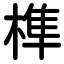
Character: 榫